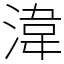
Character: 湋